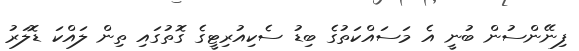
ފިނޭންސުން ބުނީ އެ މަސައްކަތުގެ ބިޑު ސެކިއުރިޓީގެ ގޮތުގައި ތިން ލައްކަ ޑޮލަރު